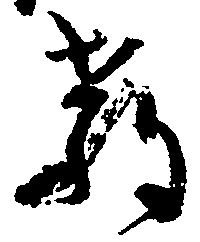
教